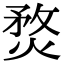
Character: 𤋄